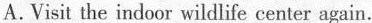
A.Visit the indoor wildlife center again.